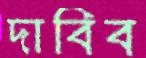
দাবিব